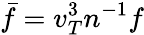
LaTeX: \bar{f}=v_{T}^{3}n^{-1}f